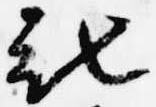
被